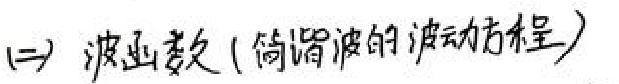
(二) 波函数（简谐波的波动方程）